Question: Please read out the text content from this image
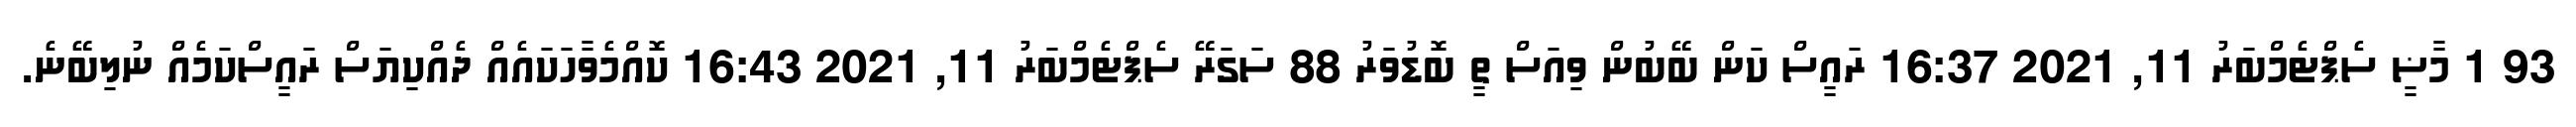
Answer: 93 1 މާޟީ ސެޕްޓެމްބަރު 11, 2021 16:37 ރައީސް ކަން ބޭބުން ވިއަސް ތީ ބޮޑުވަރު 88 ސަގަރޭ ސެޕްޓެމްބަރު 11, 2021 16:43 ކޮއްމެވާހަކައެއް ދެއްކިޔަސް ރައީސްކަމެއް ނުލިބޭނެ.